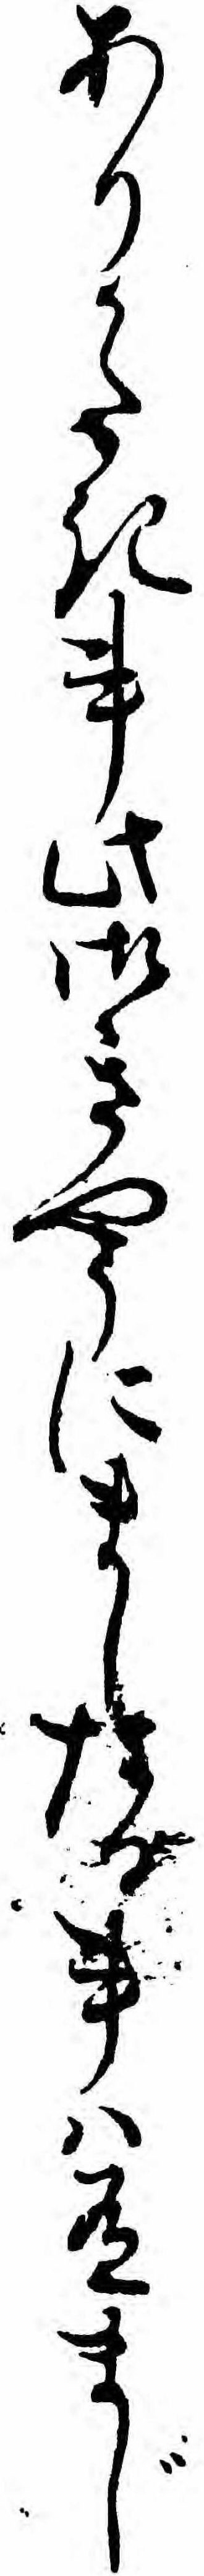
ありかたき事此御きやうにましたる事ハ有まじ